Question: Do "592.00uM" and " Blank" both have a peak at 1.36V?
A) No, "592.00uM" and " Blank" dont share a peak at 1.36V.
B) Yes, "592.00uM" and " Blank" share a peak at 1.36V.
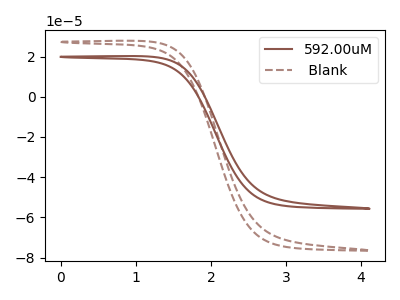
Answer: <think>The brown curve "592.00uM" has no peaks. The brown dashed curve " Blank" has no peaks.</think>
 <answer>A) No, "592.00uM" and " Blank" dont share a peak at 1.36V.</answer>
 <eval>A</eval>